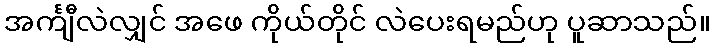
အင်္ကျီလဲလျှင် အဖေ ကိုယ်တိုင် လဲပေးရမည်ဟု ပူဆာသည်။